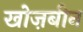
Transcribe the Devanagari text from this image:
खोज़बीन